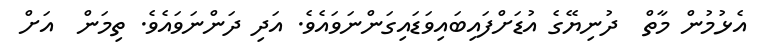
އެޅުމުން މާތް  ދުނިޔޭގެ އުޑަށްފައިބައިވަޑައިގަންނަވައެވެ. އަދި ދަންނަވައެވެ. ތިމަން  އަށް